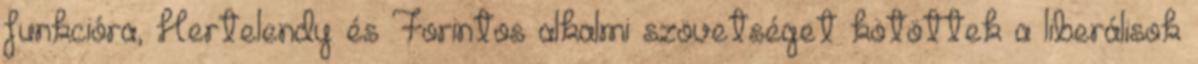
funkcióra, Hertelendy és Forintos alkalmi szövetséget kötöttek a liberálisok